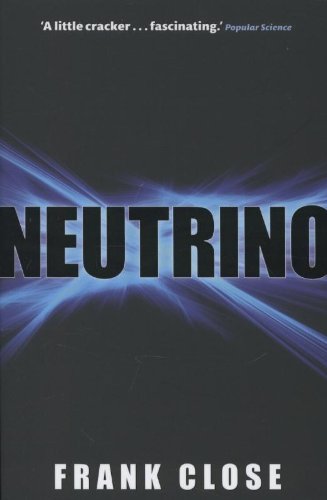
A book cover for Neutrino; Frank Close; Science & Math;